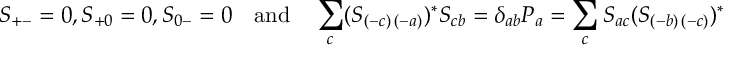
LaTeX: S _ { + - } = 0 , S _ { + 0 } = 0 , S _ { 0 - } = 0 \quad \mathrm { a n d } \quad \sum _ { c } ( S _ { ( - c ) \, ( - a ) } ) ^ { \ast } S _ { c b } = \delta _ { a b } P _ { a } = \sum _ { c } S _ { a c } ( S _ { ( - b ) \, ( - c ) } ) ^ { \ast }